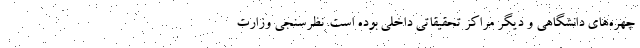
چهره‌های دانشگاهی و دیگر مراکز تحقیقاتی داخلی بوده است. نظرسنجی وزارت